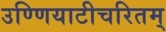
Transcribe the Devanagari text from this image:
उण्णियाटीचरितम्